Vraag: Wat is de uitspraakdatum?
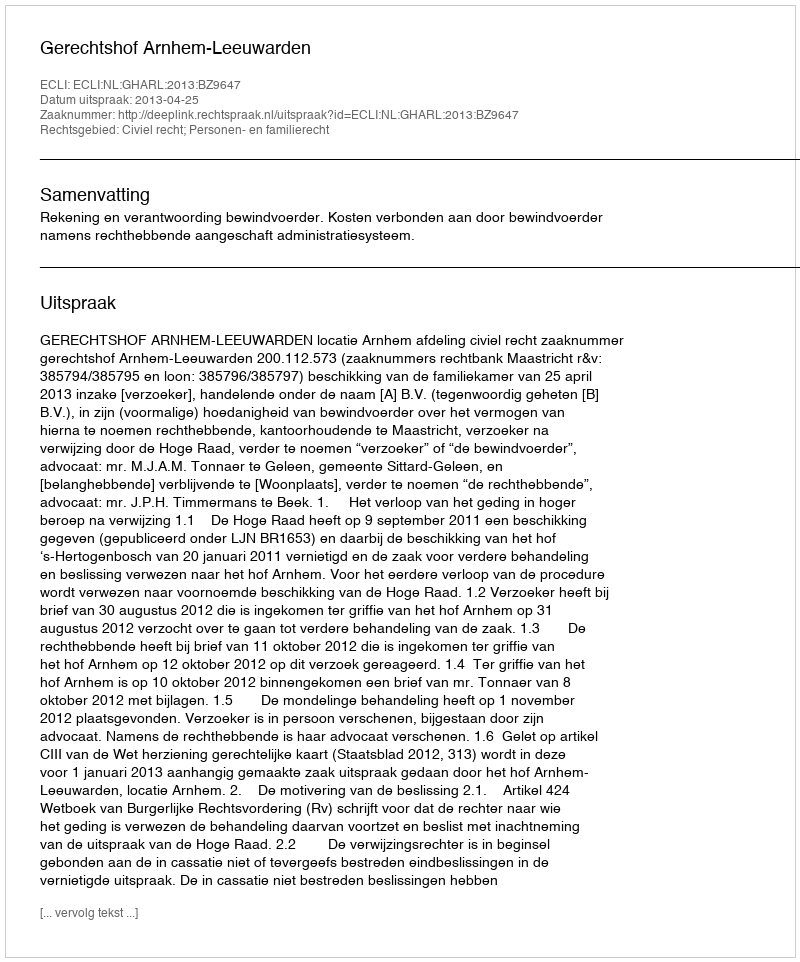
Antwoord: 2013-04-25